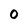
Character: 0